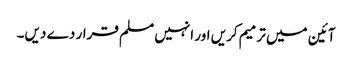
آئین میں ترمیم کریں اور انہیں مسلم قرار دے دیں۔